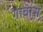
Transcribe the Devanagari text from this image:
गावांस